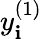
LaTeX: y_{\mathbf{i}}^{(1)}